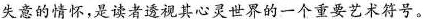
失意的情怀，是读者透视其心灵世界的一个重要艺术符号。